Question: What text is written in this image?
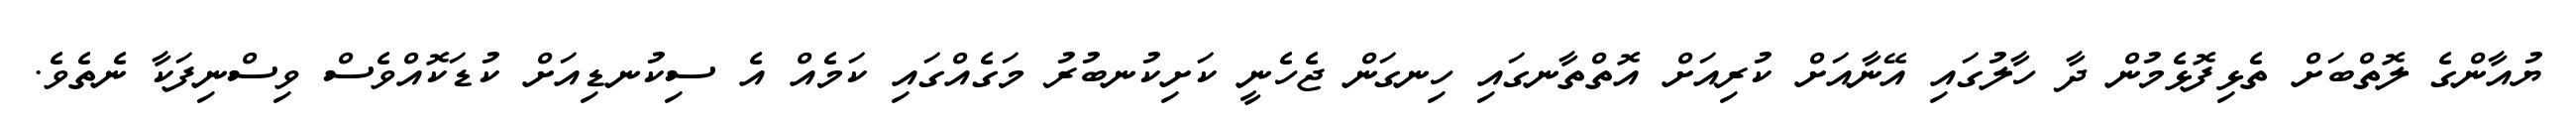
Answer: ޔުއާންގެ ލޮތްބަށް ތެޅިފޮޅެމުން ދާ ހާލުގައި އޭނާއަށް ކުރިއަށް އޮތްތާނގައި ހިނގަން ޖެހެނީ ކަށިކުނބުރު މަގެއްގައި ކަމެއް އެ ސިކުނޑިއަށް ކުޑަކޮއްވެސް ވިސްނިފަކާ ނެތެވެ.